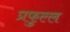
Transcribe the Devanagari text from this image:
प्रफुल्‍ल